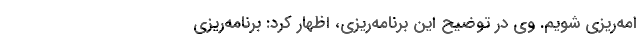
امه‌ریزی شویم. وی در توضیح این برنامه‌ریزی، اظهار کرد: برنامه‌ریزی